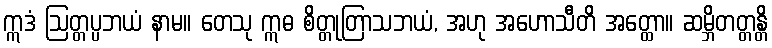
ဣဒံ ဩတ္တပ္ပဘယံ နာမ။ တေသု ဣဓ စိတ္တုတြာသဘယံ, အဟု အဟောသီတိ အတ္ထော။ ဆမ္ဘိတတ္တန္တိ